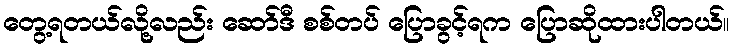
တွေ့ရတယ်လို့လည်း ဆော်ဒီ စစ်တပ် ပြောခွင့်ရက ပြောဆိုထားပါတယ်။